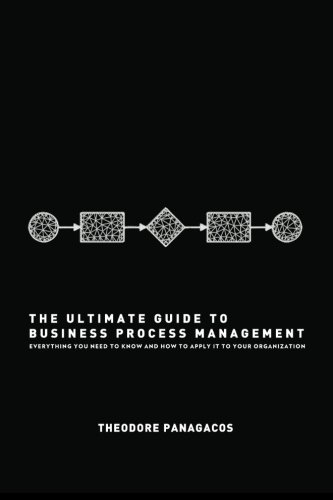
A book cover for The Ultimate Guide to Business Process Management: Everything you need to know and how to apply it to your organization; Theodore Panagacos; Business & Money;